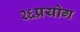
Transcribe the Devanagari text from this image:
२६प्रयोग